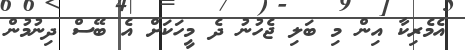
އެމެރިކާ އިން މި ބަލި ޖެހުނު ދެ މީހަކަށް އެ ބޭސް ދިނުމުން